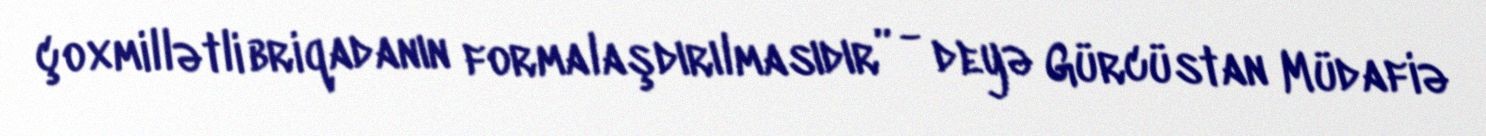
çoxmillətli briqadanın formalaşdırılmasıdır” - deyə Gürcüstan Müdafiə